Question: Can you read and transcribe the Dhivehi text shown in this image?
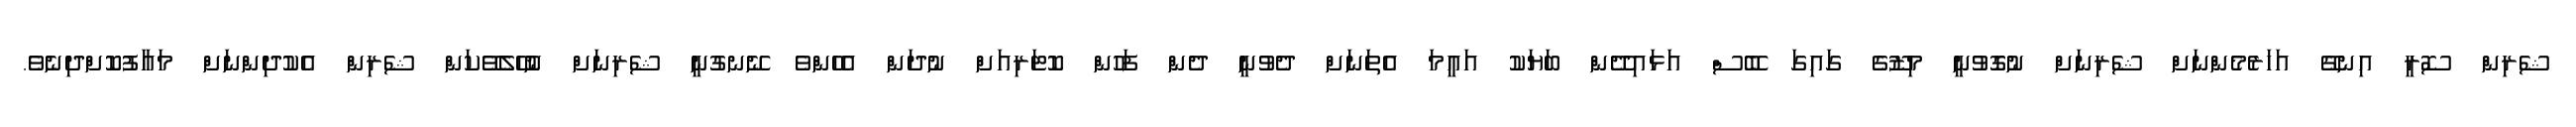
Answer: ޝެރިން ސޮރީ އިނގޭ އަހަރެމެންނަށް ޝެރިނަށް ނުގޮވުނީ މިޒޫގެ ގައިގަ ބޭސް އަޅައިދޭން ބަޔަކު އައީމަ އެތަނަށް ދެވުނީ ދެން ފަހުން ކޮޓަރިއަށް ނުދަން އެހެންވެ ނޭނގުނީ ޝެރިނަށް ނުހޭލެވޭކަން ޝެރިން އެކުދިންނަށް މައާފުކޮށްދިނެވެ.